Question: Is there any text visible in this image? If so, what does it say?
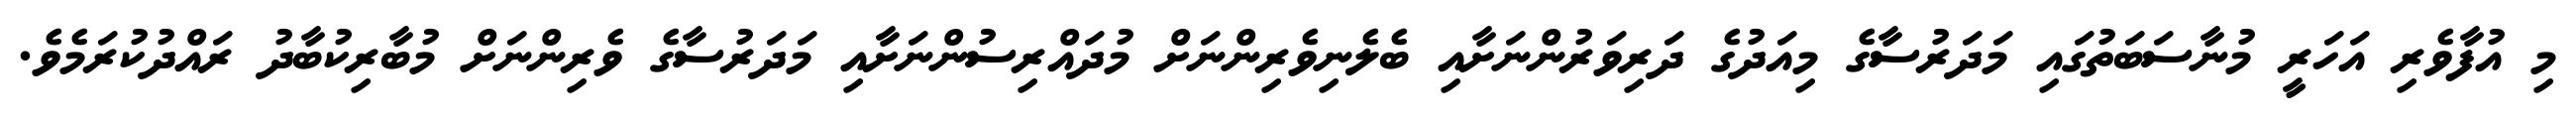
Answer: މި އުފާވެރި އަހަރީ މުނާސަބަތުގައި މަދަރުސާގެ މިއަދުގެ ދަރިވަރުންނަށާއި ބެލެނިވެރިންނަށް މުދައްރިސުންނަށާއި މަދަރުސާގެ ވެރިންނަށް މުބާރިކުބާދު ރައްދުކުރަމެވެ.